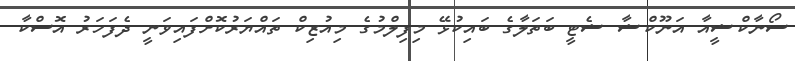
ސޯނާކްޝީއާ އަނޫކްޝާ ޝެޓީ ބަތަލާގެ ބައިކުޅޭ މިފިލްމުގެ މިއުޒިކް ތައްޔަރުކޮށްފައިވަނީ ދެފަހަރު އޮސްކާ